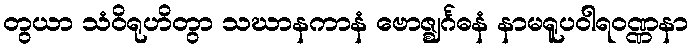
တွယာ သံဝိရုဟိတွာ သဃာနကာနံ ဗောဇ္ဈင်္ဂဓနံ နာမရူပဝါရဝဏ္ဏနာ